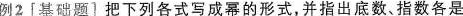
例2[基础题〕把下列各式写成幂的形式，并指出底数、指数各是